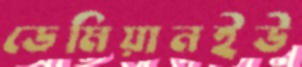
ডেমিয়ানইউ